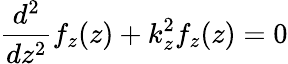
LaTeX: {\frac{d^{2}}{dz^{2}}}f_{z}(z)+k_{z}^{2}f_{z}(z)=0